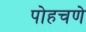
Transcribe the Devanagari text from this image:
पोहचणे